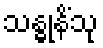
သန္ဓုနိံသု